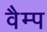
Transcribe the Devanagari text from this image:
वैम्प